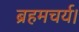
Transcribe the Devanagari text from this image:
ब्रहमचर्य।